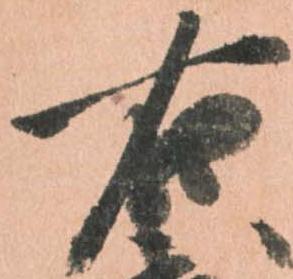
右